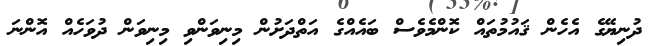
ދުނިޔޭގެ އެހެން ޤައުމުތައް ކޮންމެވެސް ބައެއްގެ އަތްދަށުން މިނިވަންވި މިނިވަން ދުވަހެއް އޮންނަ